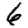
Digit: 6